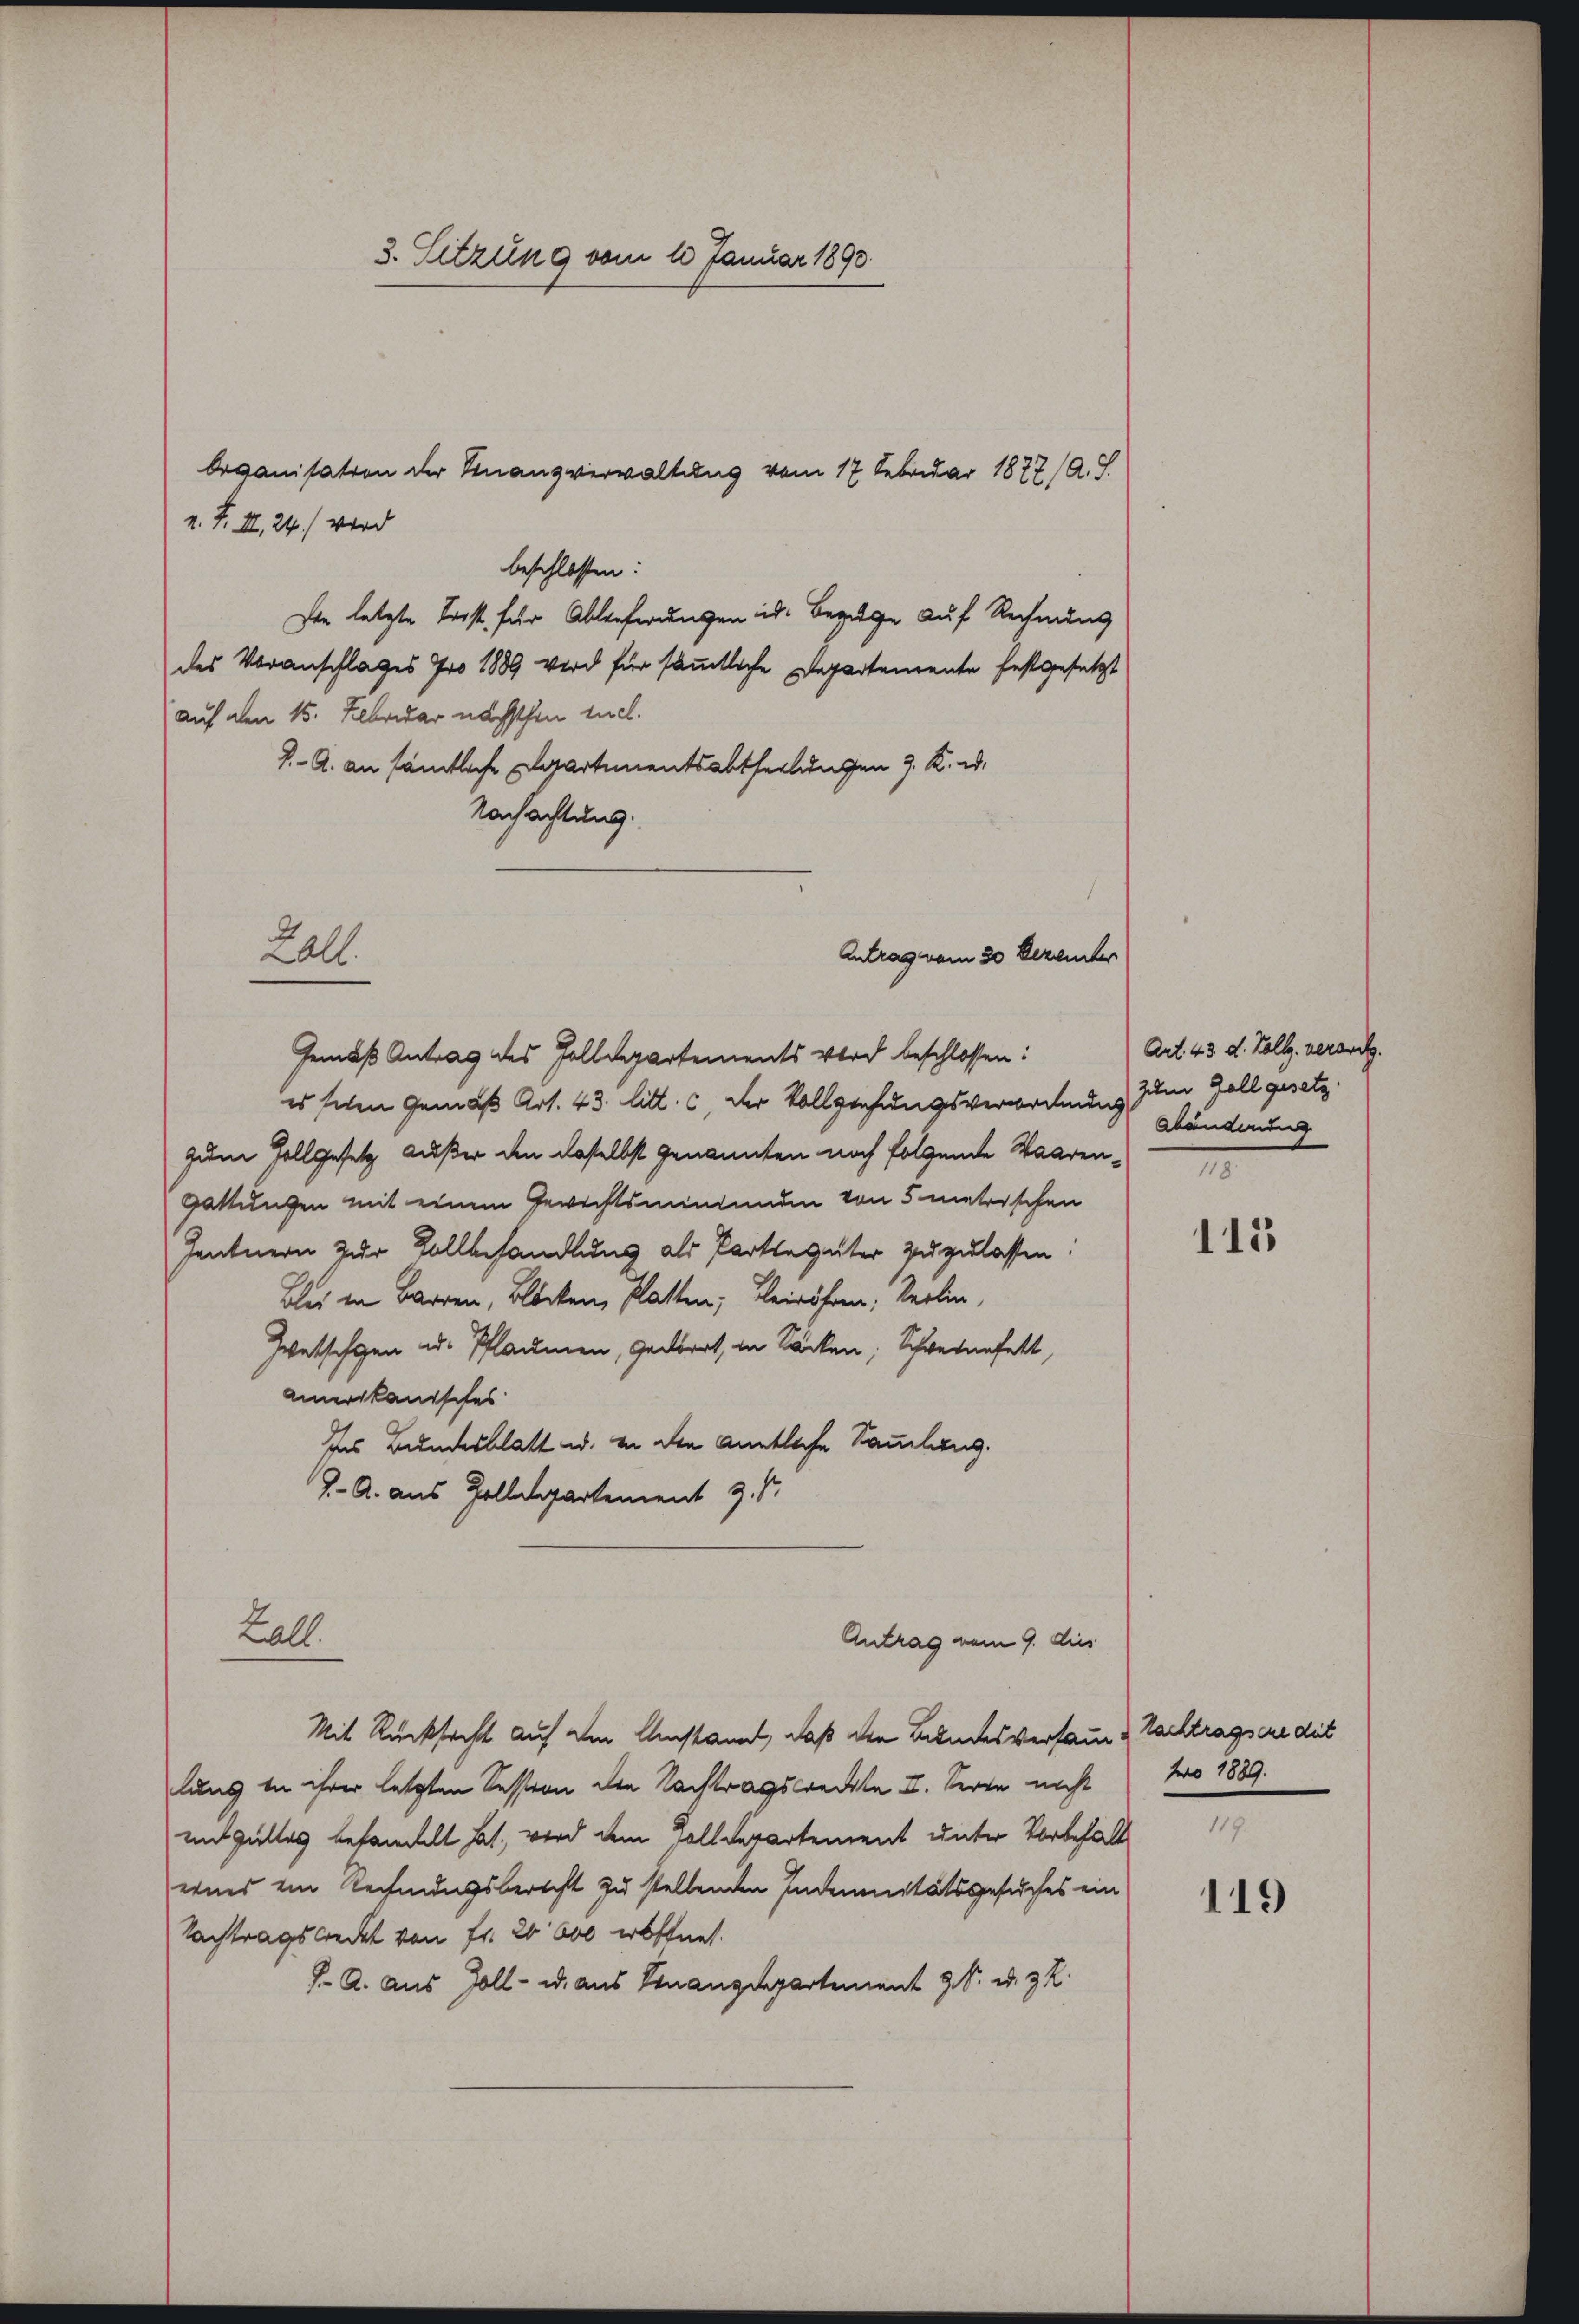
v. F. II, 24. wird
beschlossen:
Die letzte Forst für Ablieferungen eid. Bezuge auf Rechnung
des Voranschlages pro 1889 wird für sämmtliche Departemente festgesetzt
auf den 15. Februar nächsthin tuch.
J. A. an sämtliche Departementsabtheilungen J. K. u.
Nachachtung.
Gemäß Antrag des Zolldepartements wird beschlossen:
es sehen Gemäß Art. 43. litt. c, der Vollziehungsverordnung Känderung
zum Vollgesetz außer den daselbst genannten noch folgende Waaren¬
Gattungen mit einem Gewichtsmindenden von 5 metrischen
Zentnern zur Vollbehandlung als Partegüter zuzulassen.
Blei in Barren, Blöcken, Platten; beirähren, Seelin,
Zwetschen ad Pflaumen, Gebrat, in Sacken; Schweinefett,
amerikanisches
des Bundesblatt u. in den amtliche Sammlung.
J. A. aus Zolldepartement z. B.
Lall.
Antrag vom 9. dies
Mit Rücksicht auf den Umstand, daß die Bundesversamm & Nachtragscredit
laus in ihrer letzten Session den Nachtragsrechte II. Seite nicht pro 1889.
mit guttes behandelt hat, wird dem Colldepartement unter Vorbehalt
wird ein Rechnungsberecht zu stellenden Indemnitätsgesuches ein
Nachtragstreckt von Fr. 20600 eröffnet.
J. A. aus Zoll- u. aus Finanzdepartement 9. u. z. R.

Lall.

3. Sitzung vom 13. Januar 1890.

beganisation der Finanzverwaltung vom 17 Februar 1877 (A. S.

Antrag vom 20 Dezember

Art. 43 d. Voll. verant.
zum Gall gesetz.
I

115

119